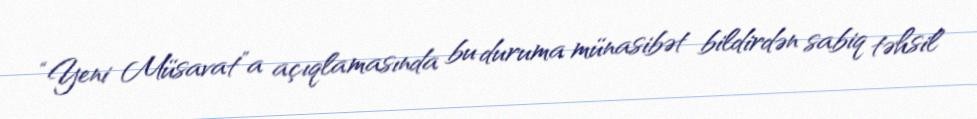
“Yeni Müsavat”a açıqlamasında bu duruma münasibət bildirdən sabiq təhsil